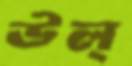
উল্